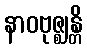
နာဝဗုဇ္ဈန္တိ